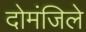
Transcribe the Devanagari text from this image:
दोमंजिले